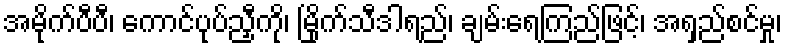
အမိုက်ပီပီ၊ ကောင်ပုပ်ညှီကို၊ မြိုက်သီဒါရည်၊ ချမ်းရေကြည်ဖြင့်၊ အရှည်စင်မှု၊